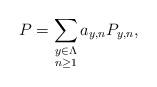
LaTeX: \begin{align*}P=\sum_{\substack{y\in\Lambda\\n\geq1}}a_{y,n}P_{y,n},\end{align*}